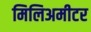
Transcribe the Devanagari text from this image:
मिलिअमीटर